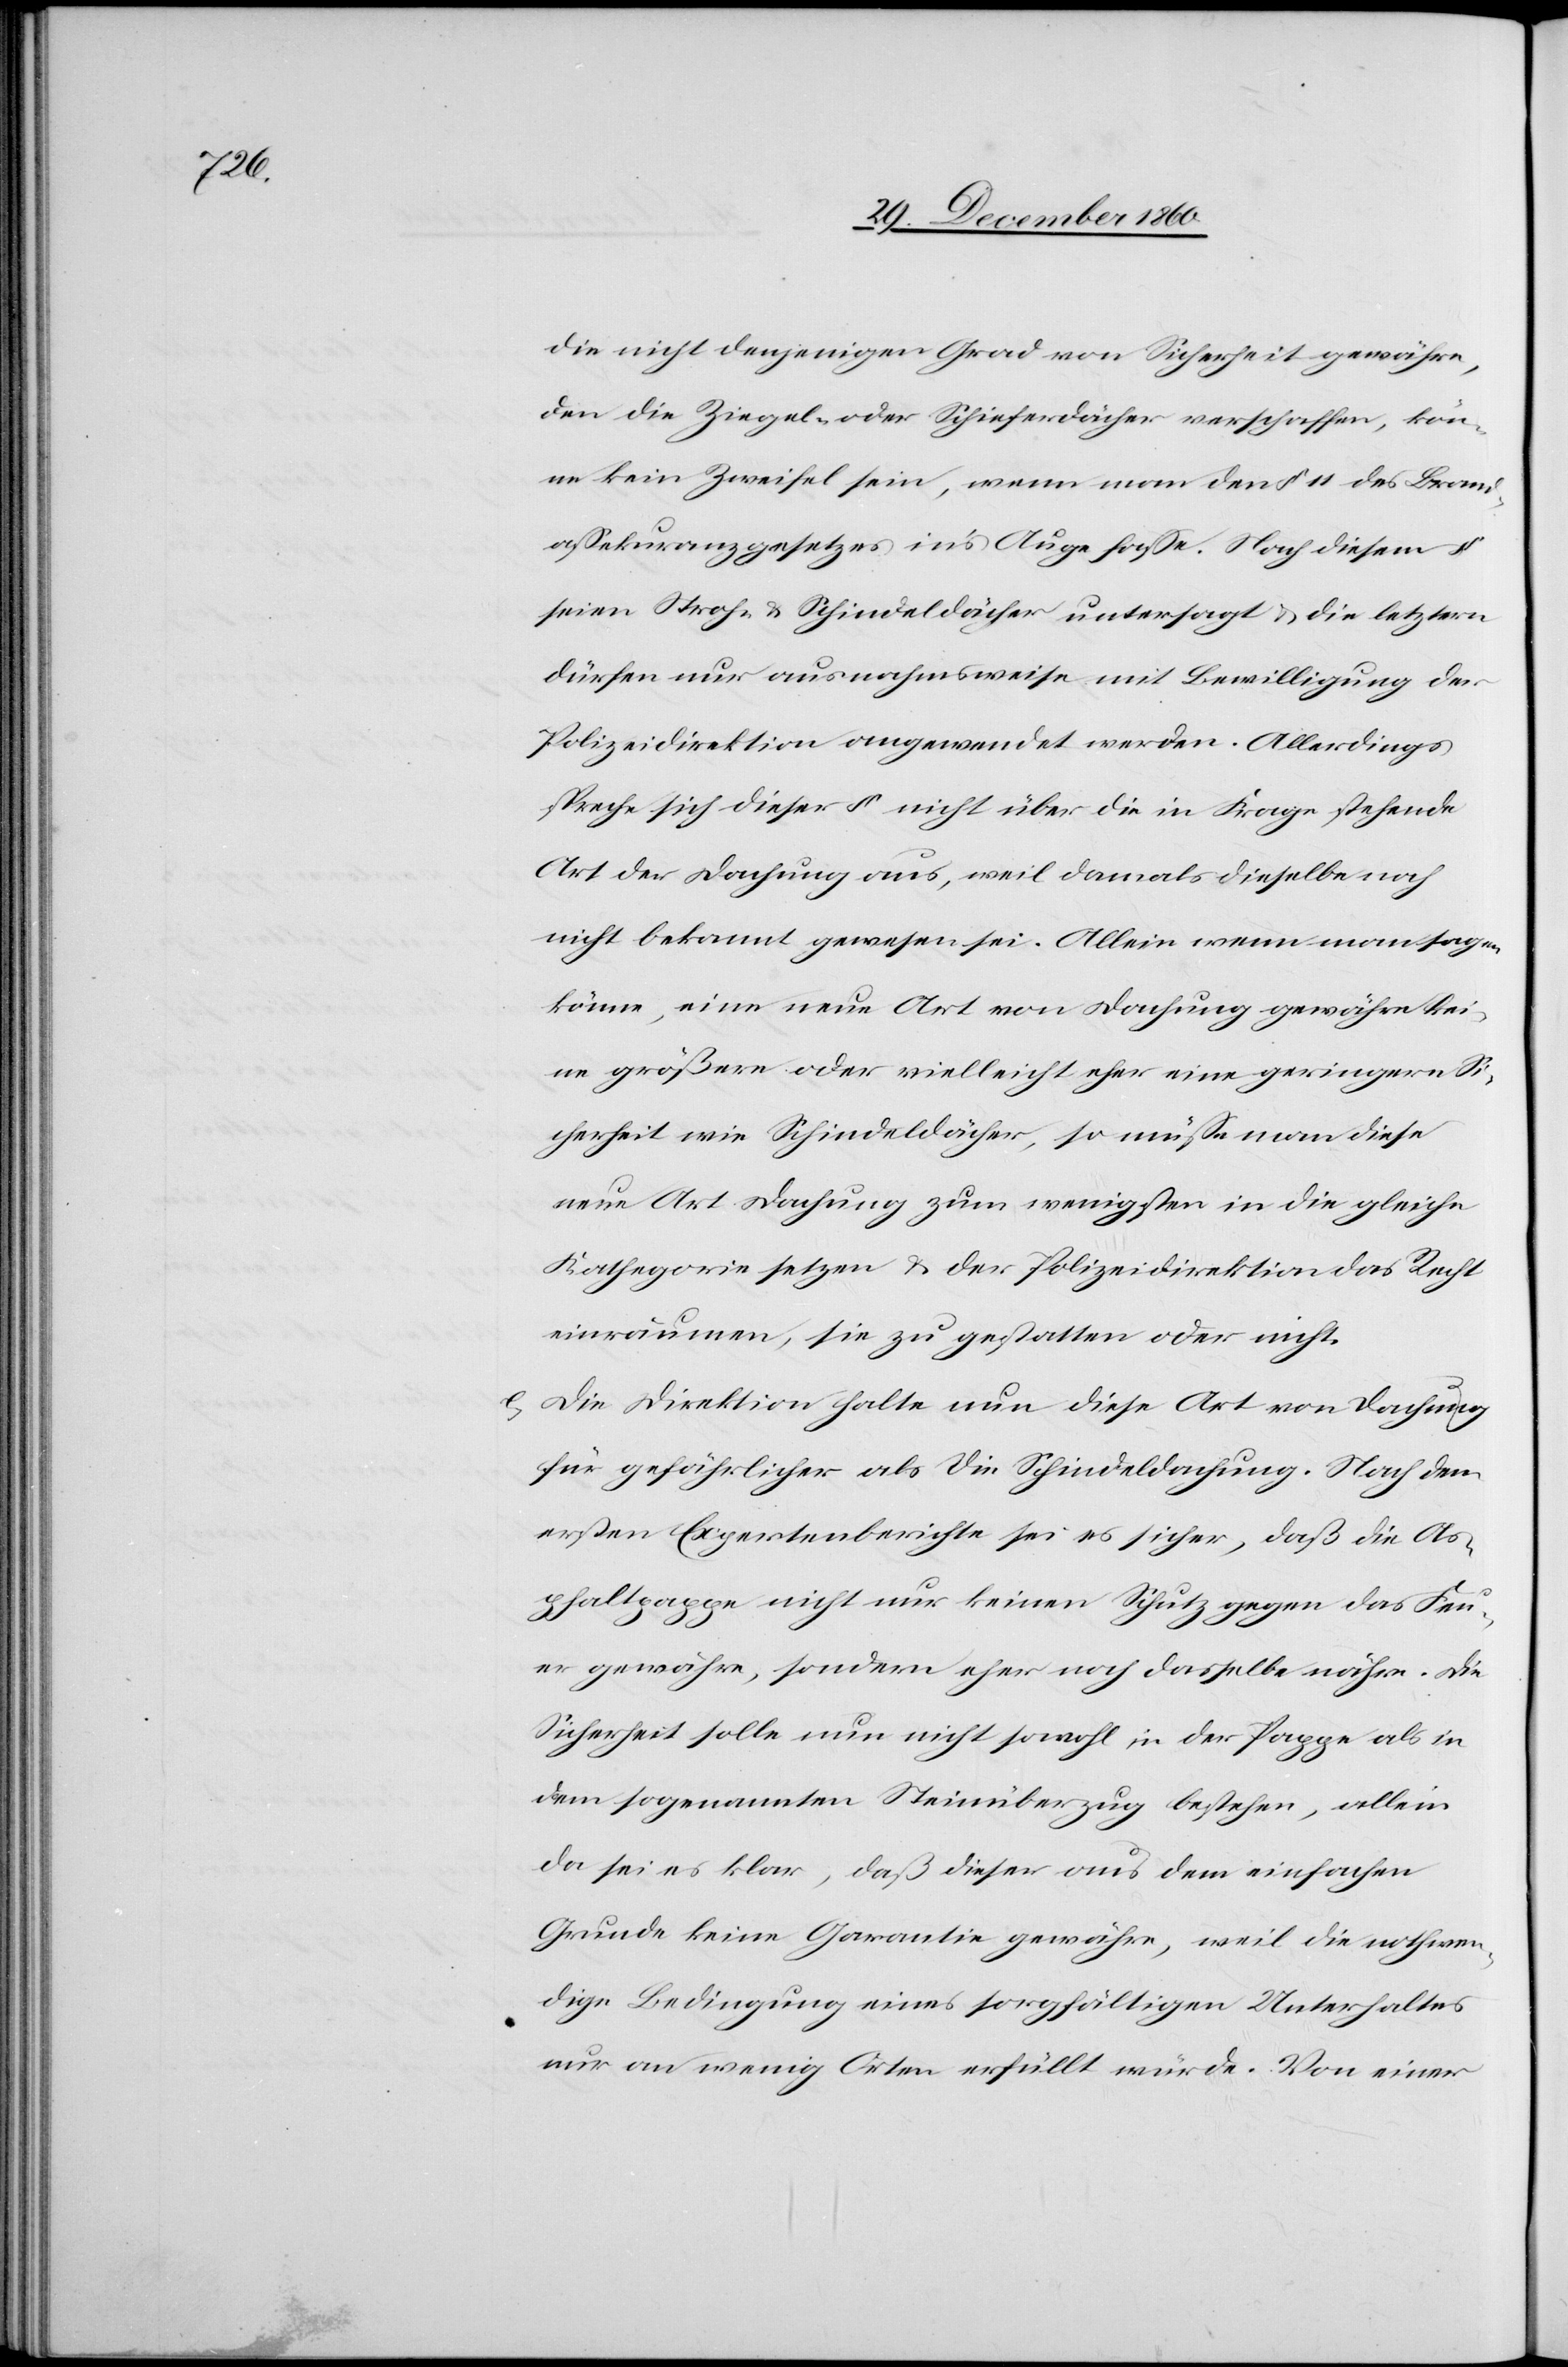
die nicht denjenigen Grad von Sicherheit gewähre,
den die Ziegel- oder Schieferdächer verschaffen, kön¬
ne kein Zweifel sein, wenn man den § 11 des Brand¬
assekuranzgesetzes in’s Auge fasse. Nach diesem §
seien Stroh- u. Schindeldächer untersagt u. die letztern
dürfen nur ausnahmsweise mit Bewilligung der
Polizeidirektion angewendet werden. Allerdings
spreche sich dieser § nicht über die in Frage stehende
Art der Dachung aus, weil damals dieselbe noch
nicht bekannt gewesen sei. Allein wenn man sagen
könne, eine neue Art von Dachung gewähre kei¬
ne größere oder vielleicht eher ein geringere Si¬
cherheit wie Schindeldächer, so müsse man diese
neue Art Dachung zum wenigsten in die gleiche
Kathegorie setzen u. der Polizeidirektion das Recht
einräumen, sie zu gestatten oder nicht.
e. Die Direktion halte nun diese Art von Dachung
für gefährlicher als die Schindeldachung. Nach dem
ersten Expertenberichte sei es sicher, daß die As¬
phaltpappe nicht nur keinen Schutz gegen das Feu¬
er gewähre, sondern eher noch dasselbe nähre. Die
Sicherheit solle nun nicht sowohl in der Pappe als in
den sogenannten Steinüberzug bestehen, allein
da sei es klar, daß dieser aus dem einfachen
Grunde keine Garantie gewähre, weil die nothwen¬
dige Bedingung eines sorgfältigen Unterhaltes
nur an wenig Orten erfüllt würde. Von einer